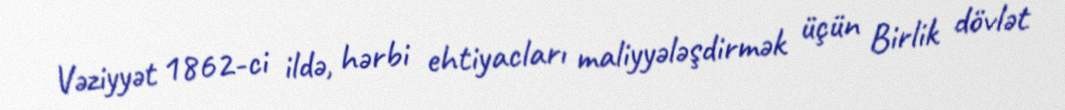
Vəziyyət 1862-ci ildə, hərbi ehtiyacları maliyyələşdirmək üçün Birlik dövlət